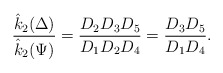
\begin{align*}\dfrac{\hat{k}_2{(\Delta)}}{\hat{k}_2(\Psi)}= \dfrac{D_{2}D_{3}D_{5}}{D_{1}D_{2}D_{4}}=\dfrac{D_{3}D_{5}}{D_{1}D_{4}}.\end{align*}